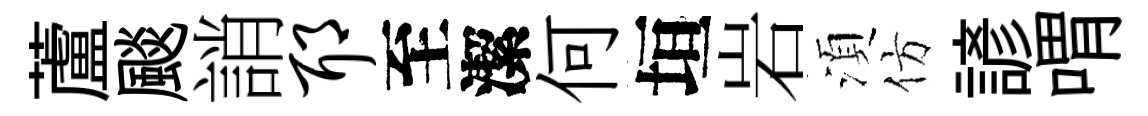
蘆颷誚耶至潔何垣岩湏仿諺喟